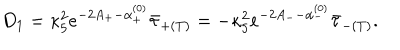
LaTeX: D _ { 1 } = \kappa _ { 5 } ^ { 2 } e ^ { - 2 A _ { + } - \alpha _ { + } ^ { ( 0 ) } } \bar { \tau } _ { + ( T ) } = - \kappa _ { 5 } ^ { 2 } e ^ { - 2 A _ { -- } \alpha _ { - } ^ { ( 0 ) } } \bar { \tau } _ { - ( T ) } .